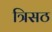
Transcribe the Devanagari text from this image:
त्रिसठ